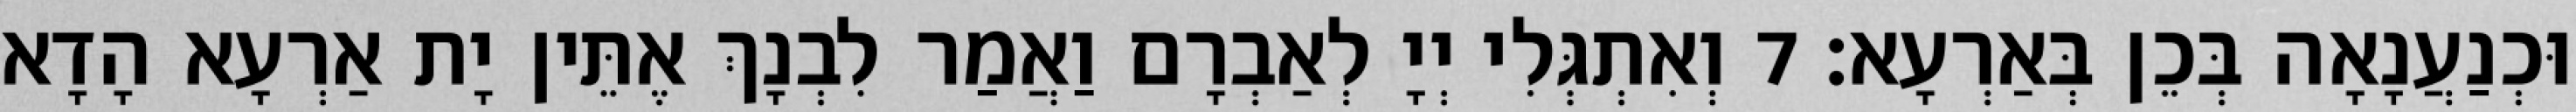
וּכְנַעֲנָאָה בְּכֵן בְּאַרְעָא׃ 7 וְאִתְגְּלִי יְיָ לְאַבְרָם וַאֲמַר לִבְנָךְ אֶתֵּין יָת אַרְעָא הָדָא